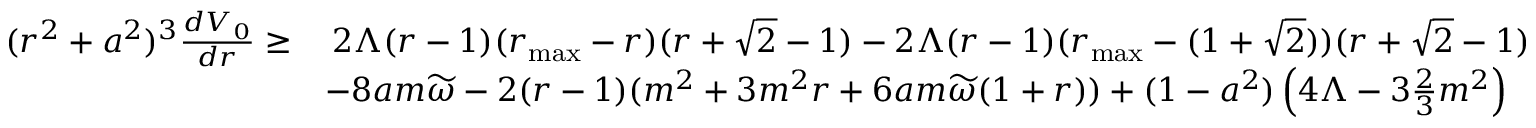
\begin{array} { r l } { ( r ^ { 2 } + a ^ { 2 } ) ^ { 3 } \frac { d V _ { 0 } } { d r } \geq } & { \: 2 \Lambda ( r - 1 ) ( r _ { \operatorname* { m a x } } - r ) ( r + \sqrt { 2 } - 1 ) - 2 \Lambda ( r - 1 ) ( r _ { \operatorname* { m a x } } - ( 1 + \sqrt { 2 } ) ) ( r + \sqrt { 2 } - 1 ) } \\ & { - 8 a m \widetilde { \omega } - 2 ( r - 1 ) ( m ^ { 2 } + 3 m ^ { 2 } r + 6 a m \widetilde { \omega } ( 1 + r ) ) + ( 1 - a ^ { 2 } ) \left( 4 \Lambda - 3 \frac { 2 } { 3 } m ^ { 2 } \right) } \end{array}